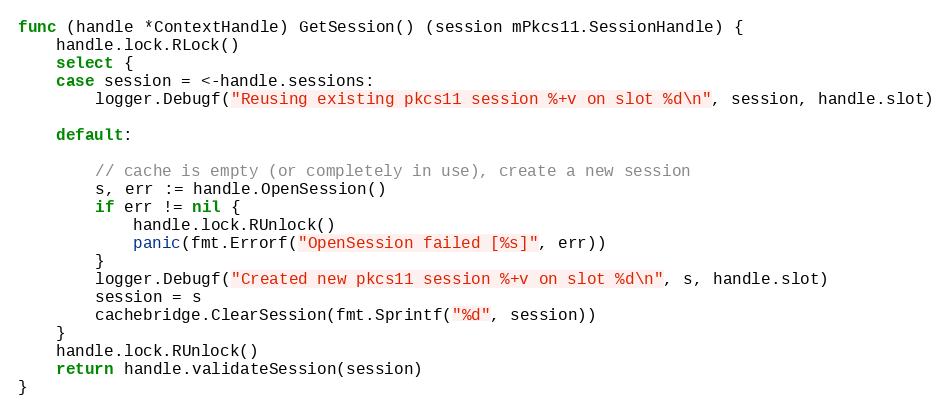
Language: Go
func (handle *ContextHandle) GetSession() (session mPkcs11.SessionHandle) {
	handle.lock.RLock()
	select {
	case session = <-handle.sessions:
		logger.Debugf("Reusing existing pkcs11 session %+v on slot %d\n", session, handle.slot)

	default:

		// cache is empty (or completely in use), create a new session
		s, err := handle.OpenSession()
		if err != nil {
			handle.lock.RUnlock()
			panic(fmt.Errorf("OpenSession failed [%s]", err))
		}
		logger.Debugf("Created new pkcs11 session %+v on slot %d\n", s, handle.slot)
		session = s
		cachebridge.ClearSession(fmt.Sprintf("%d", session))
	}
	handle.lock.RUnlock()
	return handle.validateSession(session)
}